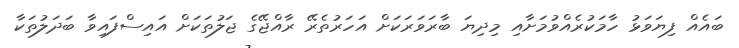
ބައެއް ފިޔަވަޅު ހާމަކުރެއްވުމަށާއި މިދިޔަ ބާރަވަރަކަށް އަހަރުތެރޭ ރާއްޖޭގެ ޖަލުތަކަށް އައިސްފައިވާ ބަދަލުތަކާ